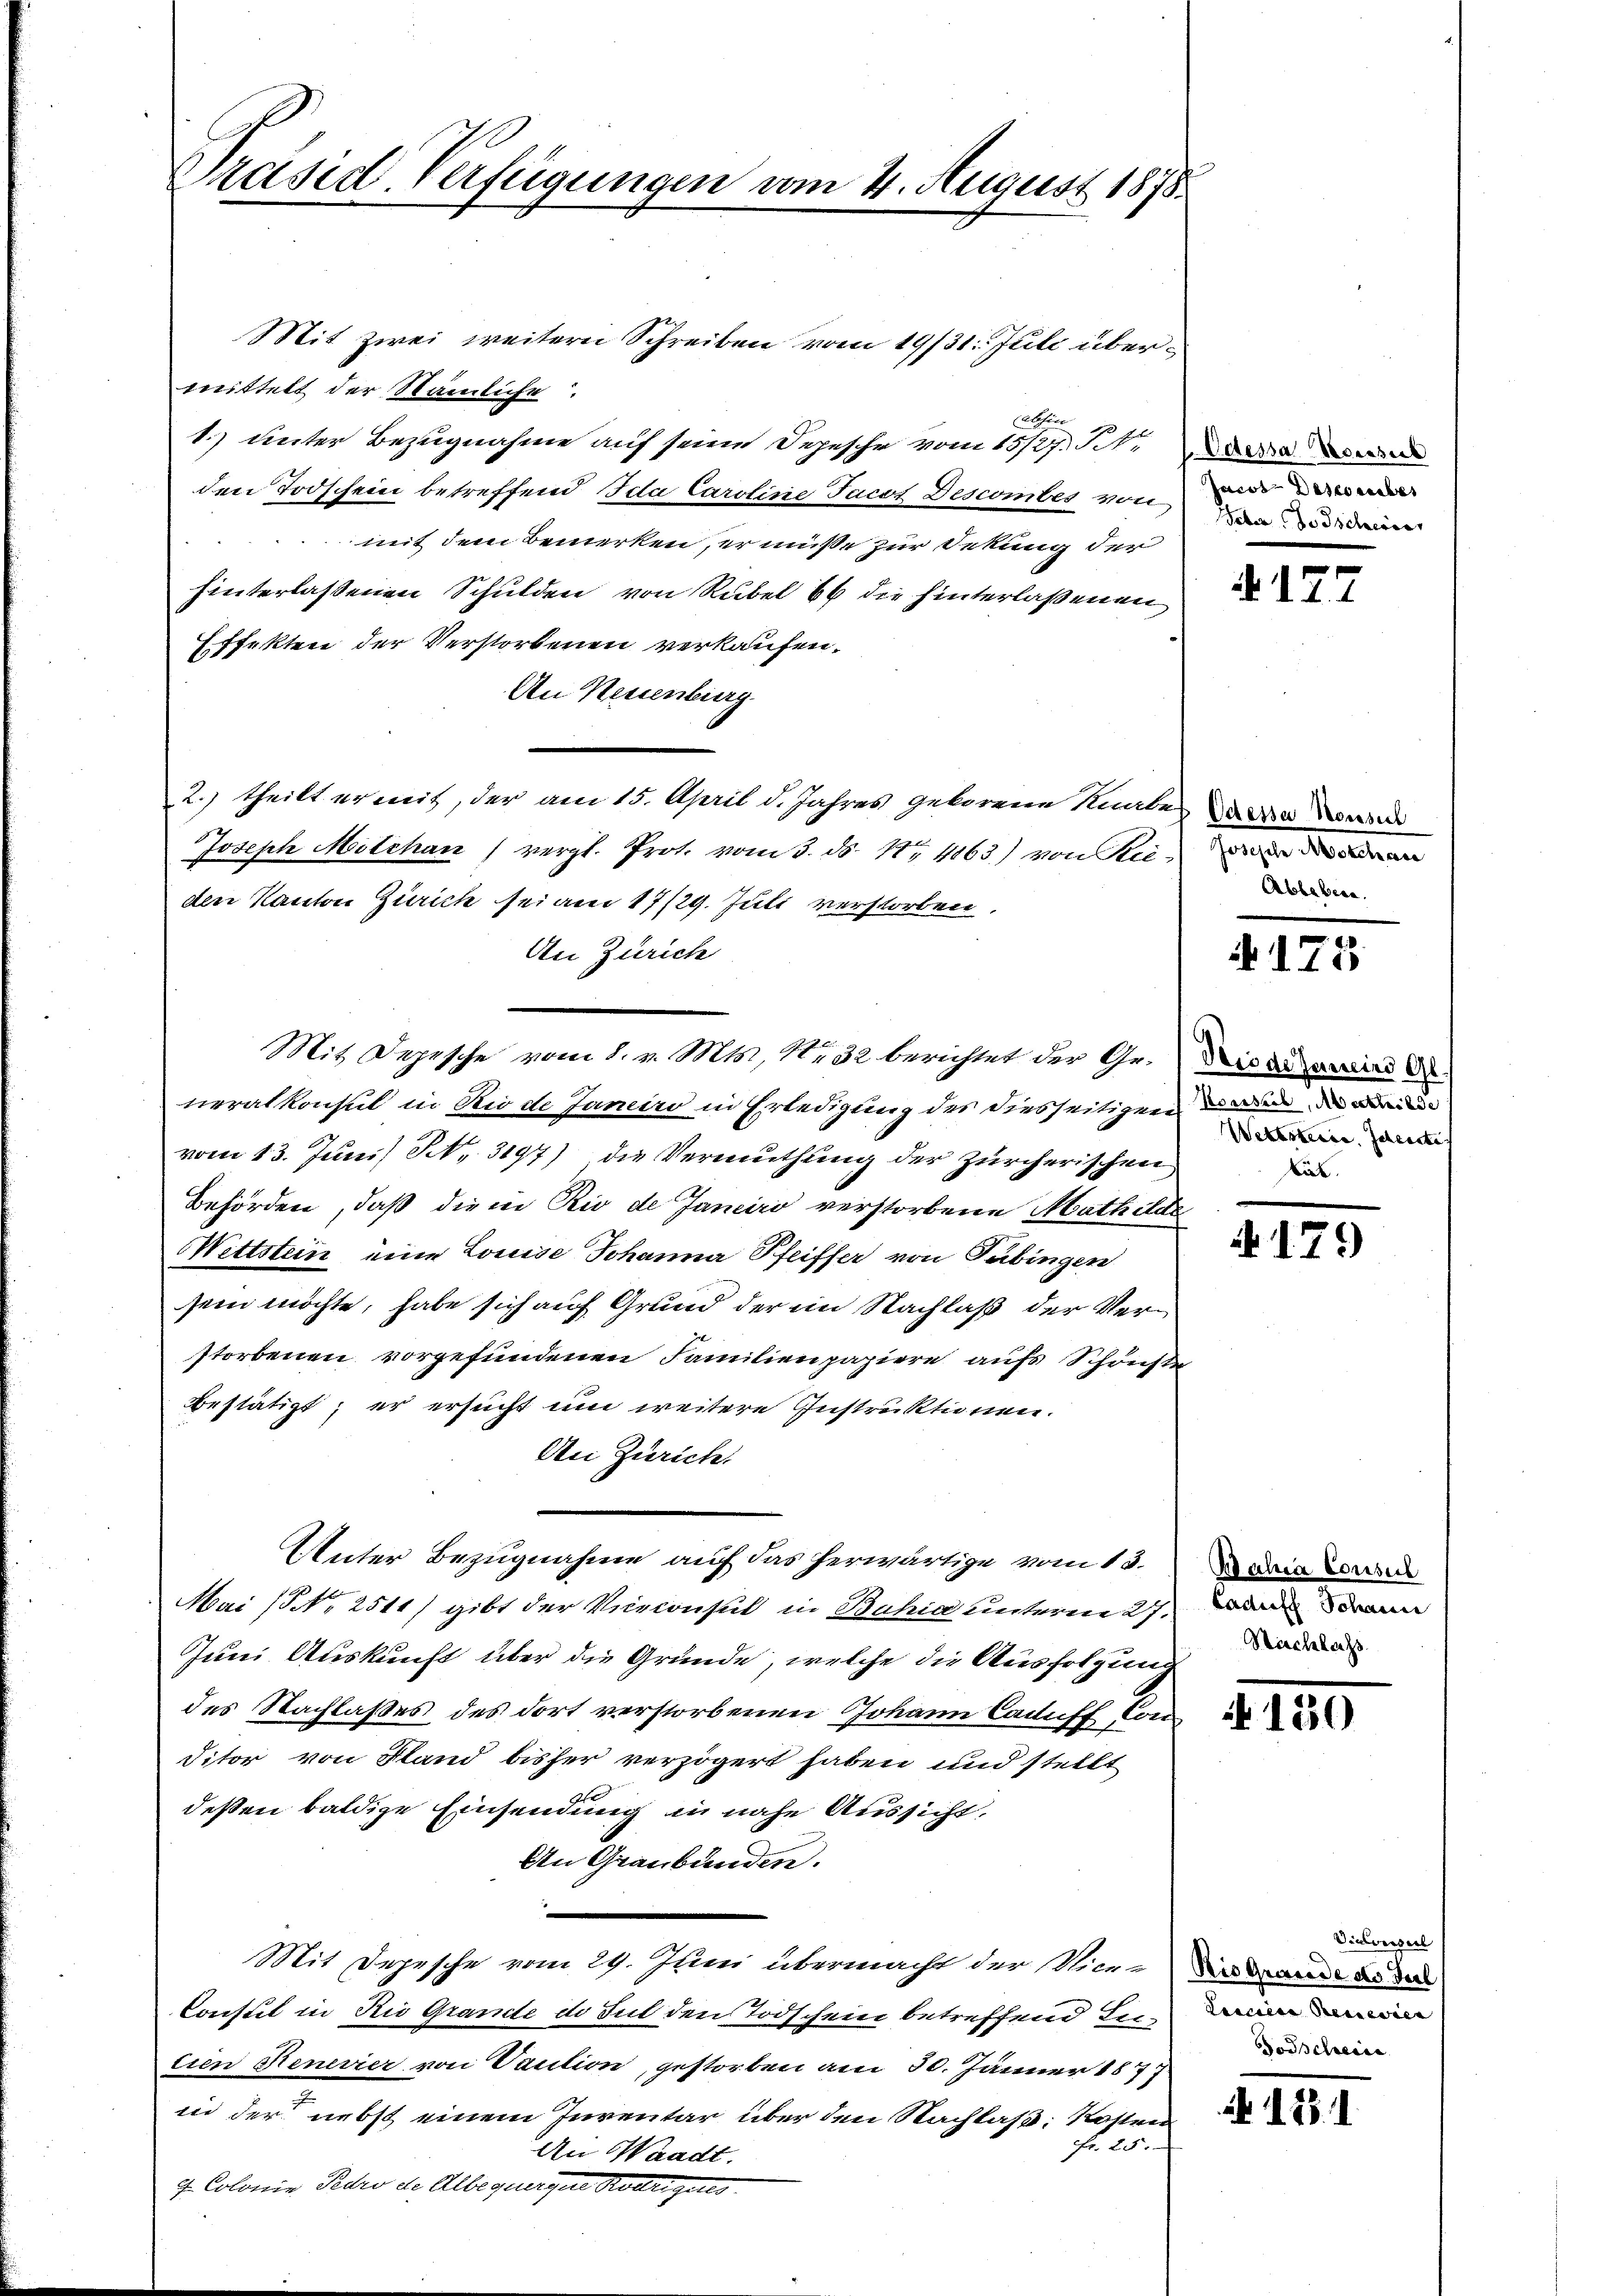
Präsid. Verfügungen vom 4. August 1875.

Mit zwei weitern Schreiben vom 19/31. Juli übermittelt der Stämliche
Alchior
1. unter Bezugnahme auf seine Depesche vom 15/27. St.
den Todschein betreffend Ida Caroline Jacot Descomtes von
mit dem Bemerken, er müße zur Dekung der
hinterlassenen Schulden von Rubel 66 die hinterlaßenen
Effekten der Verstorbenen verkaufen,
An Neuenburg
2.) theilt ermit, der am 15. April d. Jahres geborene Knabe diese
Joseph Mitchau (vergl. Prot. vom 3. ds. 1. 4063) von Rie-n
den Kanton Zürich sei am 17/29. Juli verstorben
An Zürich
Mit Depesche vom 1. v. Mts., Nr. 32 berichtet der Ge- Die darin d
neralkonsul in Rio de Janeiro in Erledigung des diesseitigen den der
vom 13. Juni) No. 3197) die Vermuthung der zürcherischen
Behörden, daß die in Rio de Janeiro verstorbene Mathilde
Wettstein eine Louise Johanna Pfeiffer von Tübingen
sein möchte, habe sich auf Grund der im Nachlaß der Verstorbenen vorgefundenen Familienpapiere aufs Schönst
Bestätigt; er ersucht um weitere Instruktionen.
An Zürich.
Unter Bezugnahme auf das herwärtige vom 13.
Mai (§ N. 2511) gibt der Vicekonsul in Bahia unterm 27.
Juni Auskunft über die Gründe, welche die Ausfolgung
des Nachlaßes des dort verstorbenen Johann Caduff Conditor von Stand bisher verzögert haben und stellt
deßen baldige Einsendung in nahe Aussicht,
An Graubünden.
Mit Depesche vom 29. Juni übermacht der Wiene dann de
Consul in Rio Grandte de sul den Todschein betreffend Intien Renevier von Vaution, gestorben am 30. Jänner 1877
in der nebst einem Inventar über den Nachlass Kosten
fr. 25.
An Waadt.
4. Colonie Pero die Albequergere Rodrigues

Jacot-Destorbes
Feber Forscheiner

4177

Ablebera

N 175

Wettstiere. Jederate
Lat.

4179

Bachen Consul
Cadiefe Schaue
Nachlass

N 130

Vietversel
Leiden Recessen |
Posselreic

121